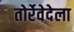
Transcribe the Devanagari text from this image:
तोर्रेवेदेला